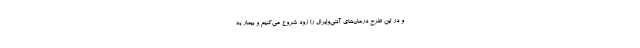
و در این طرح درمان‌های آنتی‌وایرال را زود شروع می‌کنیم و بیمار به